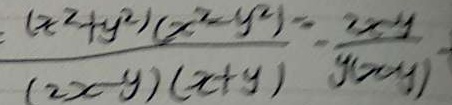
\frac { ( x ^ { 2 } + y ^ { 2 } ) ( x ^ { 2 } - y ^ { 2 } ) } { ( 2 x - y ) ( x + y ) } = \frac { 2 x y } { y ( x - y ) }